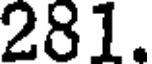
281.